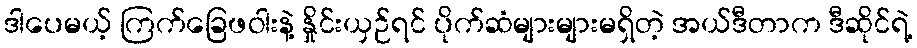
ဒါပေမယ့် ကြက်ခြေဖဝါးနဲ့ နှိုင်းယှဉ်ရင် ပိုက်ဆံများများမရှိတဲ့ အယ်ဒီတာက ဒီဆိုင်ရဲ့